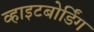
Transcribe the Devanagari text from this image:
व्हाइटबोर्डिंग